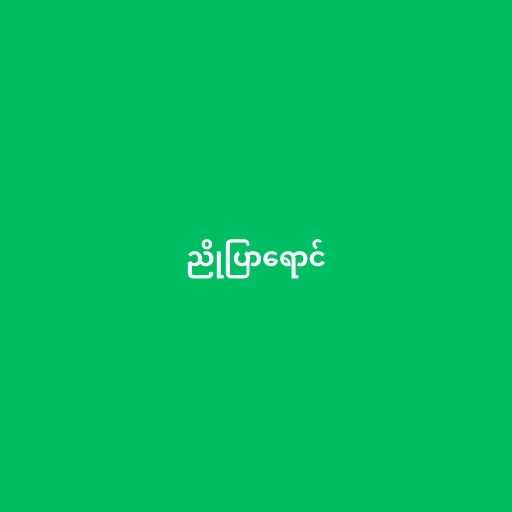
ညိုပြာရောင်